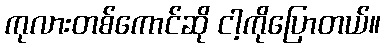
ကုလားတစ်ကောင်ဆို ငါ့ကိုပြောတယ်။